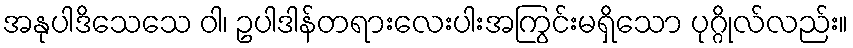
အနုပါဒိသေသေ ဝါ၊ ဥပါဒါန်တရားလေးပါးအကြွင်းမရှိသော ပုဂ္ဂိုလ်လည်း။